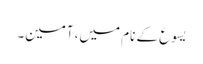
یسوع کے نام میں، آمین۔